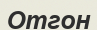
Отгон